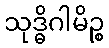
သုဒ္ဓိဂါမိဉ္စ